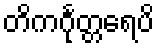
တိကင်္ဂုတ္တရေပိ